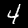
Label: 4